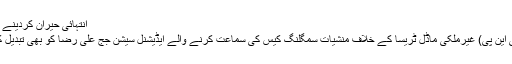
انتہائی حیران کردینے والی خبر
لاہور(آئی این پی) غیرملکی ماڈل ٹریسا کے خلاف منشیات سمگلنگ کیس کی سماعت کرنے والے ایڈیشنل سیشن جج علی رضا کو بھی تبدیل کردیاگیا ۔